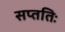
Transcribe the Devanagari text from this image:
सप्ततिः